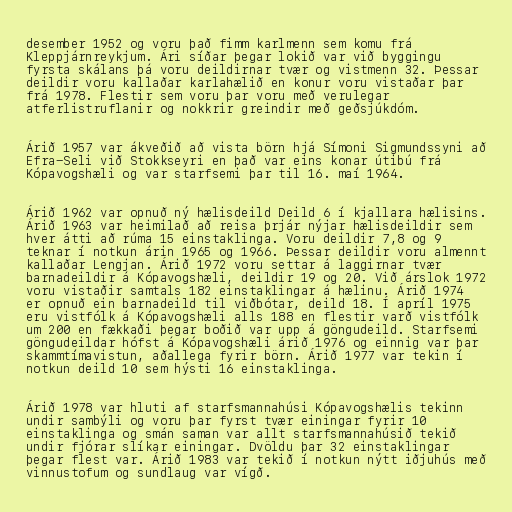
desember 1952 og voru það fimm karlmenn sem komu frá
Kleppjárnreykjum. Ári síðar þegar lokið var við byggingu
fyrsta skálans þá voru deildirnar tvær og vistmenn 32. Þessar
deildir voru kallaðar karlahælið en konur voru vistaðar þar
frá 1978. Flestir sem voru þar voru með verulegar
atferlistruflanir og nokkrir greindir með geðsjúkdóm.

Árið 1957 var ákveðið að vista börn hjá Símoni Sigmundssyni að
Efra-Seli við Stokkseyri en það var eins konar útibú frá
Kópavogshæli og var starfsemi þar til 16. maí 1964.

Árið 1962 var opnuð ný hælisdeild Deild 6 í kjallara hælisins.
Árið 1963 var heimilað að reisa þrjár nýjar hælisdeildir sem
hver átti að rúma 15 einstaklinga. Voru deildir 7,8 og 9
teknar í notkun árin 1965 og 1966. Þessar deildir voru almennt
kallaðar Lengjan. Árið 1972 voru settar á laggirnar tvær
barnadeildir á Kópavogshæli, deildir 19 og 20. Við árslok 1972
voru vistaðir samtals 182 einstaklingar á hælinu. Árið 1974
er opnuð ein barnadeild til viðbótar, deild 18. Í apríl 1975
eru vistfólk á Kópavogshæli alls 188 en flestir varð vistfólk
um 200 en fækkaði þegar boðið var upp á göngudeild. Starfsemi
göngudeildar hófst á Kópavogshæli árið 1976 og einnig var þar
skammtímavistun, aðallega fyrir börn. Árið 1977 var tekin í
notkun deild 10 sem hýsti 16 einstaklinga.

Árið 1978 var hluti af starfsmannahúsi Kópavogshælis tekinn
undir sambýli og voru þar fyrst tvær einingar fyrir 10
einstaklinga og smán saman var allt starfsmannahúsið tekið
undir fjórar slíkar einingar. Dvöldu þar 32 einstaklingar
þegar flest var. Árið 1983 var tekið í notkun nýtt iðjuhús með
vinnustofum og sundlaug var vígð.